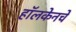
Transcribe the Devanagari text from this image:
हॉलकेनचे